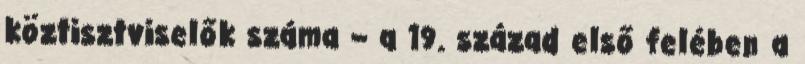
köztisztviselők száma – a 19. század első felében a